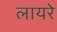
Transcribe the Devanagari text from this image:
लायरे